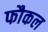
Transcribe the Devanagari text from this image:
फौकल